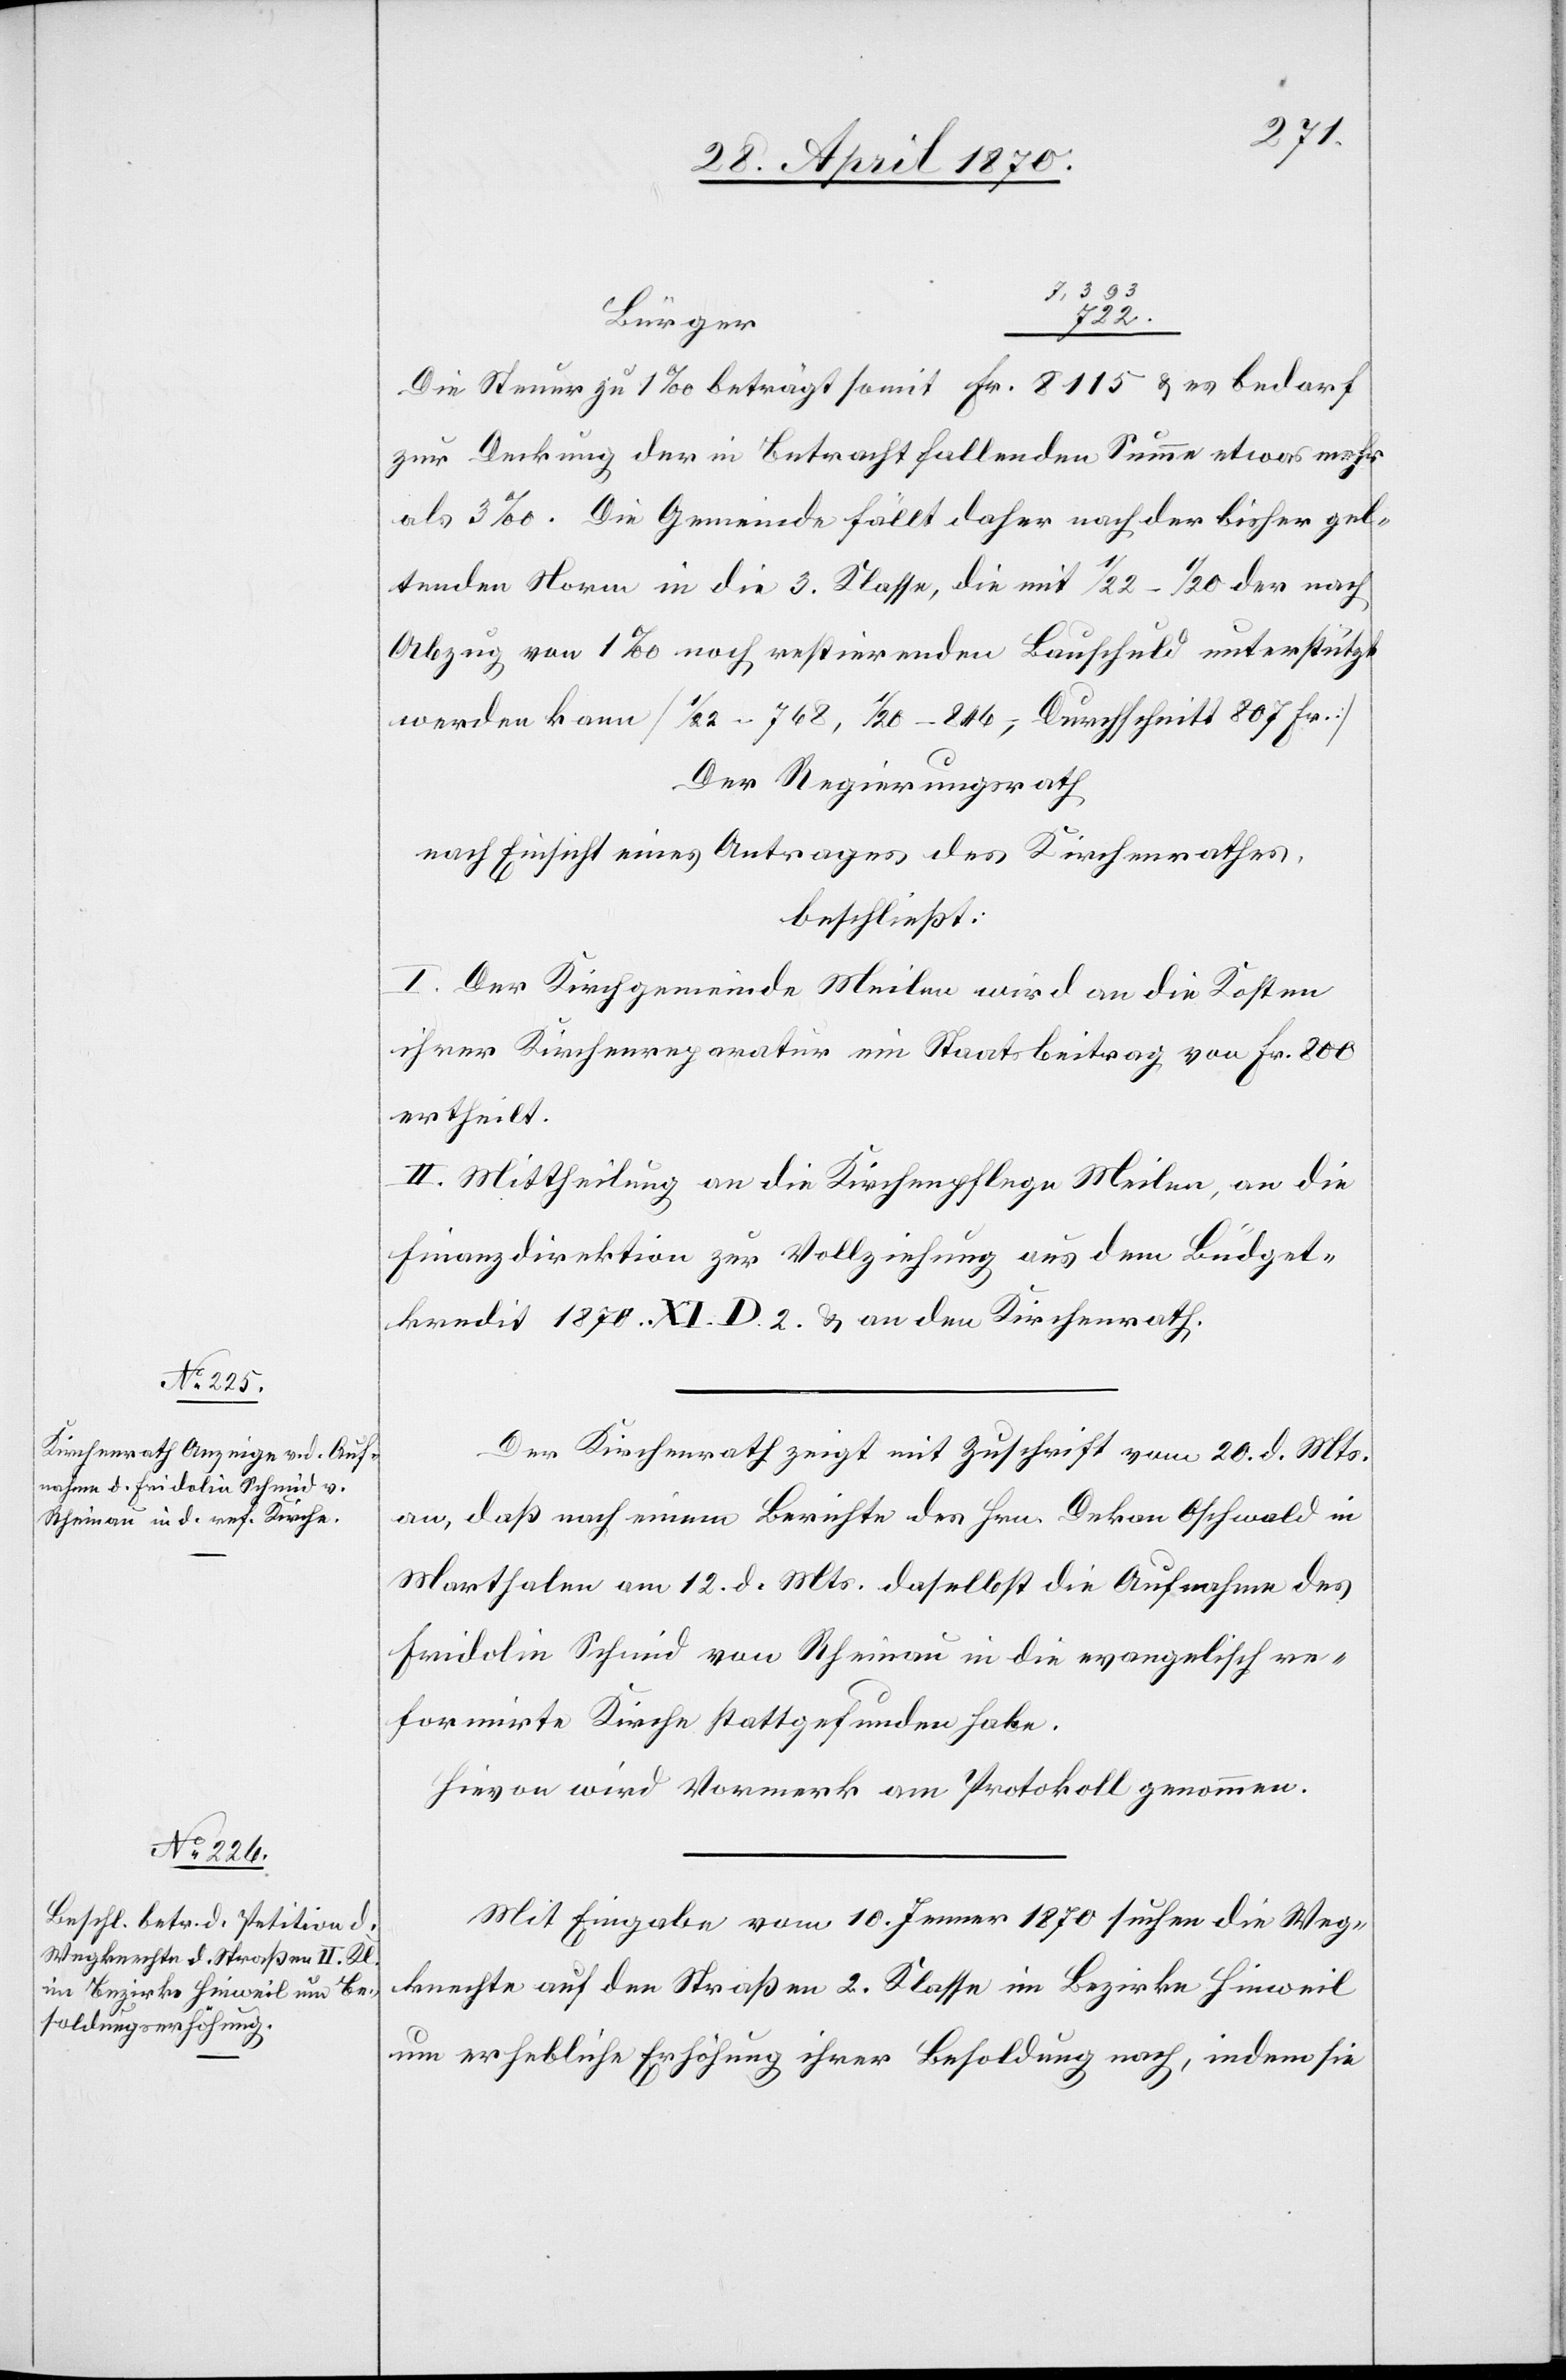
7,393
Bürger
Die Steuer zu 1‰ beträgt somit Fr. 8115 & es bedarf
zur Deckung der in Betracht fallenden Summe etwas mehr
als 3‰. Die Gemeinde fällt daher nach der bisher gel¬
tenden Norm in die 3. Klasse, die mit 1/22–1/20 der nach
Abzug von 1‰ noch restirenden Bauschuld unterstützt
werden kann [1/22 = 768, 1/20 = 846, Durchschnitt 807 Fr.]
Der Regierungsrath
nach Einsicht eines Antrages des Kirchenrathes,
beschließt:
I. Der Kirchgemeinde Meilen wird an die Kosten
ihrer Kirchenreparatur ein Staatsbeitrag von Fr. 800
ertheilt.
II. Mittheilung an die Kirchenpflege Meilen, an die
Finanzdirektion zur Vollziehung aus dem Büdget¬
kredit 1870. XI. D. 2. & an den Kirchenrath.
Der Kirchenrath zeigt mit Zuschrift vom 20. d. Mts.
an, daß nach einem Berichte des Hrn. Dekan Oschwald in
Marthalen am 12. d. Mts. daselbst die Aufnahme des
Fridolin Schmid von Rheinau in die evangelisch re¬
formirte Kirche stattgefunden habe.
Hievon wird Vormerk am Protokoll genommen.
Mit Eingabe vom 10. Jenner 1870 suchen die Weg¬
knechte auf den Straßen 2. Klasse im Bezirke Hinweil
um erhebliche Erhöhung ihrer Besoldung nach, indem sie